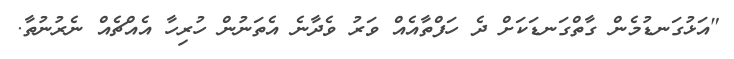
"އަޅުގަނޑުމެން ގާތްގަނޑަކަށް ދެ ހަފްތާއެއް ވަރު ވެދާނެ އެތަނުން ހުރިހާ އެއްޗެއް ނެރުނުތާ.